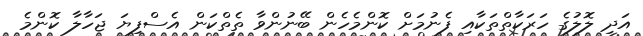
އަދި ލޮލުގެ ހަރަކާތްތަކާއި ފެނުމަށް ކޮންމެހެން ބޭނުންވާ ތެތްކަން އެސްފިޔަ ޖަހާލާ ކޮންމެ